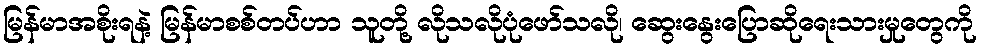
မြန်မာအစိုးရနဲ့ မြန်မာစစ်တပ်ဟာ သူတို့ လိုသလိုပုံဖော်သလို၊ ဆွေးနွေးပြောဆိုရေးသားမှုတွေကို